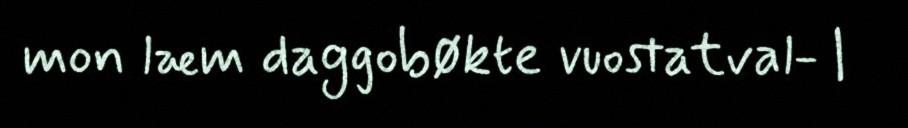
mon læm daggobøkte vuostatval- |